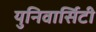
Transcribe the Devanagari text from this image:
युनिवार्सिटी